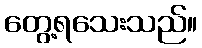
တွေ့ရသေးသည်။